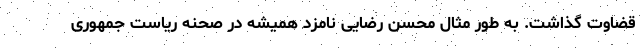
قضاوت گذاشت. به طور مثال محسن رضایی نامزد همیشه در صحنه ریاست جمهوری